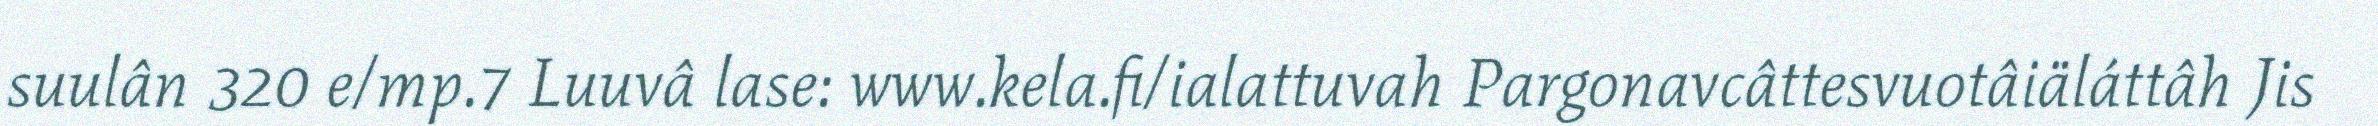
suulân 320 e/mp.7 Luuvâ lase: www.kela.fi/ialattuvah Pargonavcâttesvuotâiäláttâh Jis